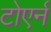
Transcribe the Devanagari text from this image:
टोएर्न